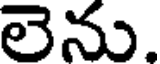
లెను.